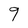
Character: 9